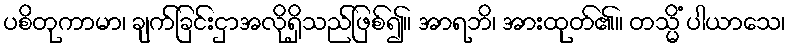
ပစိတုကာမာ၊ ချက်ခြင်းငှာအလိုရှိသည်ဖြစ်၍။ အာရဘိ၊ အားထုတ်၏။ တသ္မိံ ပါယာသေ၊